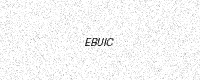
Text: EBUIC